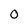
Character: 0